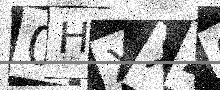
Text: 0HXXZ0